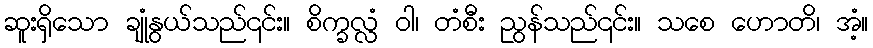
ဆူးရှိသော ချုံနွယ်သည်၎င်း။ စိက္ခလ္လံ ဝါ၊ တံစီး ညွန်သည်၎င်း။ သစေ ဟောတိ၊ အံ့။